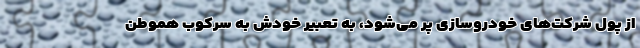
از پول شرکت‌های خودروسازی پر می‌شود، به تعبیر خودش به سرکوب هموطن